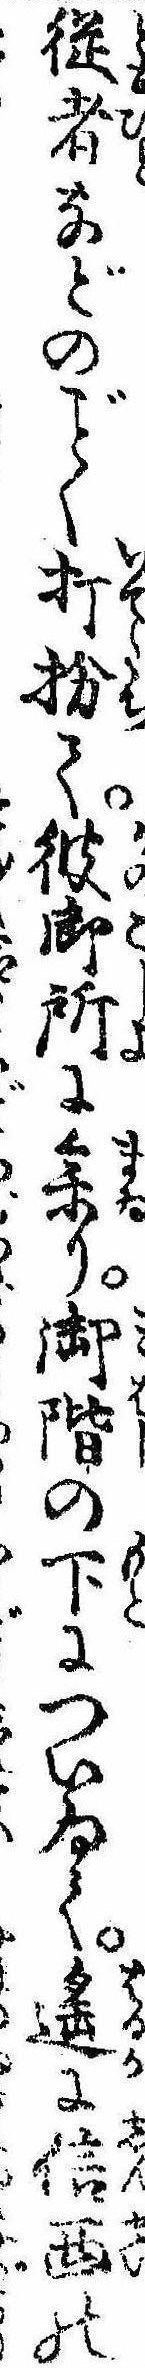
従者などのく打扮て彼御所に参り御階の下についゐて遥に信西の